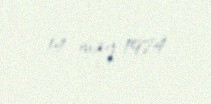
14 may 1974